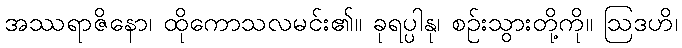
အဿရာဇိနော၊ ထိုကောသလမင်း၏။ ခုရပ္ပါနု၊ စဉ်းသွားတို့ကို။ ဩဒဟိ၊